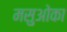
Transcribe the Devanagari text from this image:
मसुओका